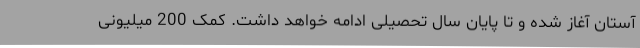
آستان آغاز شده و تا پایان سال تحصیلی ادامه خواهد داشت. کمک 200 میلیونی